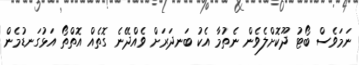
ނަމަވެސް ބޯޓު ދޫކޮށްލެވެން ނެތުމާ އެކު ބަނދަރަށް ވެއްދޭނެ ގޮތެއް އޮތްތޯ އަޅުގަނޑުމެން